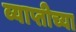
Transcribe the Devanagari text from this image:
व्याप्तीच्या